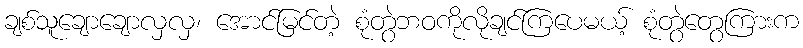
ချစ်သူချောချောလှလှ၊ အောင်မြင်တဲ့ စုံတွဲဘဝကိုလိုချင်ကြပေမယ့် စုံတွဲတွေကြားက